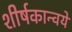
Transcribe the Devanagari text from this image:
शीर्षकान्वये